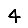
Digit: 4